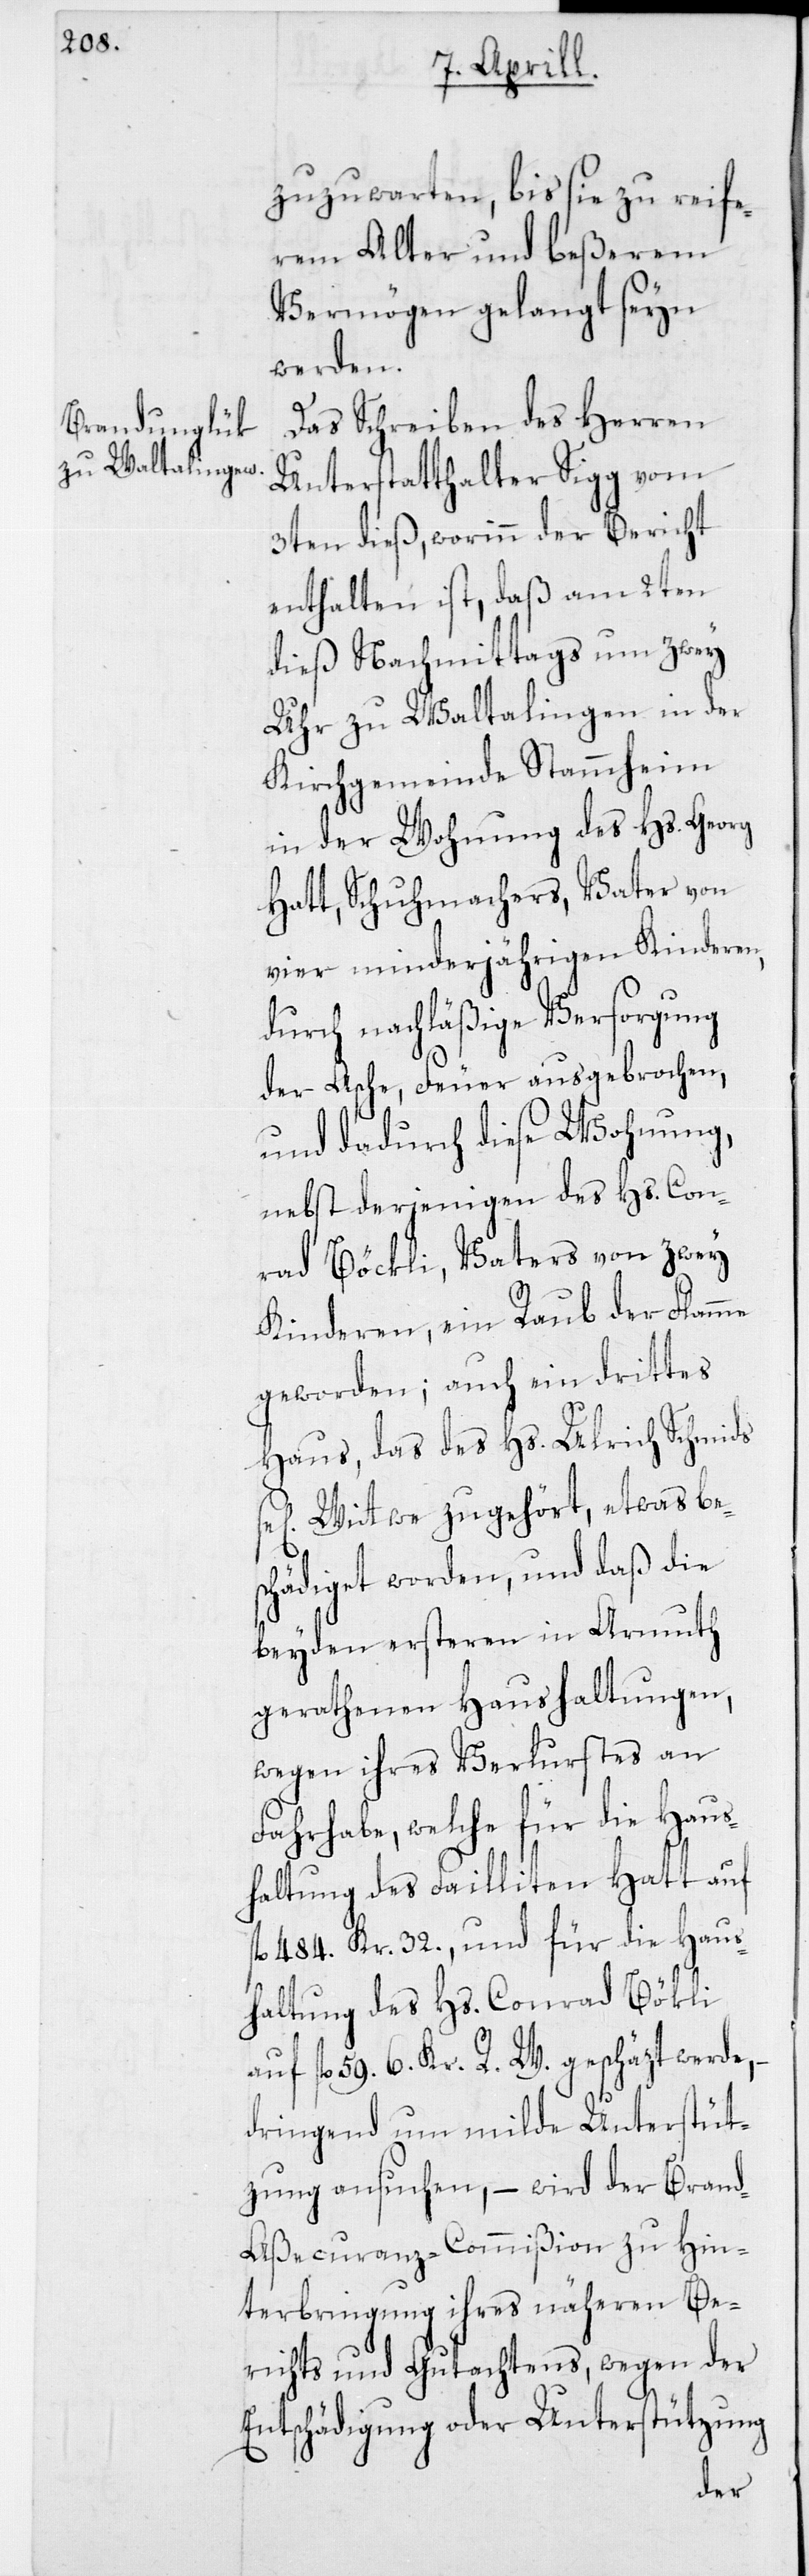
zuzuwarten, bis sie zu reife¬
rem Alter und beßerem
Vermögen gelangt seyn
werden.
Das Schreiben des Herren
Unterstatthalter Sigg vom
3ten dieß, worinn der Bericht
enthalten ist, daß am 2ten
dieß Nachmittags um zwey
Uhr zu Waltalingen in der
Kirchgemeinde Stammheim,
in der Wohnung des Hs. Georg
Hatt, Schuhmachers, Vater von
vier minderjährigen Kinderen,
durch nachläßige Versorgung
der Asche, Feuer ausgebrochen,
und dadurch diese Wohnung,
nebst derjenigen des Hs. Con¬
rad Böckli, Vaters von zwey
Kinderen, ein Raub der Flamme
geworden; auch ein drittes
Haus, das des Hs. Ulrich Schmids
Wittwe zugehört, etwas be¬
schädiget worden, und daß die
beyden ersteren in Armuth
gerathenen Haushaltungen,
wegen ihres Verlurstes an
Fahrhabe, welche für die Haus¬
haltung des Failliten Hatt auf
fl. 484. Kr. 32., und für die Haus¬
haltung des Hs. Conrad Böckli
auf fl. 59. 6. Kr. R. W. geschäzt werde, –
dringend um milde Unterstüt¬
zung ansuchen, – wird der Bran¬
d-Aßecuranz-Commißion zu Hin¬
terbringung ihres näheren Be¬
richts und Gutachtens, wegen der
Entschädigung oder Unterstützung